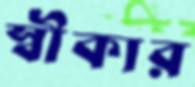
স্বীকার